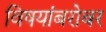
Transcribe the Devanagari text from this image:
विषयांबरोबर